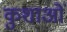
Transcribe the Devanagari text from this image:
कुशाओं